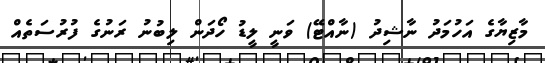
މާޒިޔާގެ އަހުމަދު ނާޝިދު (ނާއްޓޭ) ވަނީ ލީޑު ހޯދަން ލިބުނު ރަނުގެ ފުރުސަތެއް